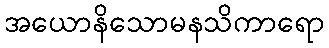
အယောနိသောမနသိကာရော